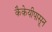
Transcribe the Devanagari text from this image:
कैकेयीपासून